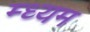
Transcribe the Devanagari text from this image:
म्ध्यम